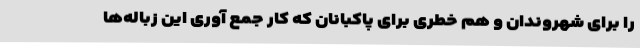
را برای شهروندان و هم خطری برای پاکبانان که کار جمع آوری این زباله‌ها